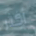
أكثر